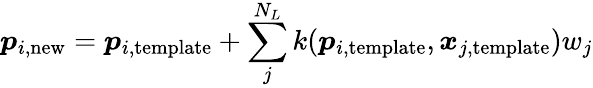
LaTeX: \boldsymbol{p}_{i,\mathrm{new}}=\boldsymbol{p}_{i,\mathrm{template}}+\sum_{j}^{N_{L}}k(\boldsymbol{p}_{i,\mathrm{template}},\boldsymbol{x}_{j,\mathrm{template}})w_{j}